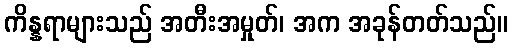
ကိန္နရာများသည် အတီးအမှုတ်၊ အက အခုန်တတ်သည်။